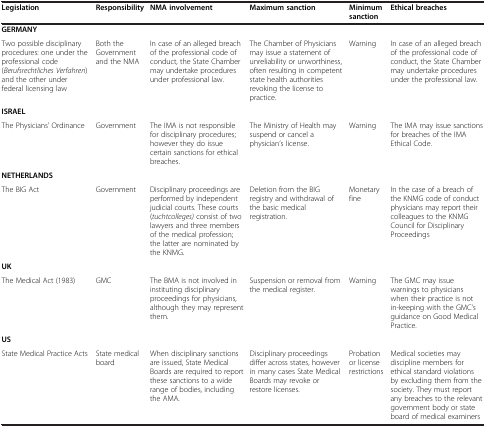
<table><thead><tr><td><b>Legislation</b></td><td><b>Responsibility</b></td><td><b>NMA involvement</b></td><td><b>Maximum sanction</b></td><td><b>Minimum sanction</b></td><td><b>Ethical breaches</b></td></tr></thead><tbody><tr><td colspan="6"><b>GERMANY</b></td></tr><tr><td>Two possible disciplinary procedures: one under the professional code (<i>Berufsrechtliches Verfahren</i>) and the other under federal licensing law</td><td>Both the Government and the NMA</td><td>In case of an alleged breach of the professional code of conduct, the State Chamber may undertake procedures under professional law.</td><td>The Chamber of Physicians may issue a statement of unreliability or unworthiness, often resulting in competent state health authorities revoking the license to practice.</td><td>Warning</td><td>In case of an alleged breach of the professional code of conduct, the State Chamber may undertake procedures under the professional law.</td></tr><tr><td colspan="6"><b>ISRAEL</b></td></tr><tr><td>The Physicians’ Ordinance</td><td>Government</td><td>The IMA is not responsible for disciplinary procedures; however they do issue certain sanctions for ethical breaches.</td><td>The Ministry of Health may suspend or cancel a physician’s license.</td><td>Warning</td><td>The IMA may issue sanctions for breaches of the IMA Ethical Code.</td></tr><tr><td colspan="6"><b>NETHERLANDS</b></td></tr><tr><td>The BIG Act</td><td>Government</td><td>Disciplinary proceedings are performed by independent judicial courts. These courts (<i>tuchtcolleges)</i> consist of two lawyers and three members of the medical profession; the latter are nominated by the KNMG.</td><td>Deletion from the BIG registry and withdrawal of the basic medical registration.</td><td>Monetary fine</td><td>In the case of a breach of the KNMG code of conduct physicians may report their colleagues to the KNMG Council for Disciplinary Proceedings</td></tr><tr><td colspan="6"><b>UK</b></td></tr><tr><td>The Medical Act (1983)</td><td>GMC</td><td>The BMA is not involved in instituting disciplinary proceedings for physicians, although they may represent them.</td><td>Suspension or removal from the medical register.</td><td>Warning</td><td>The GMC may issue warnings to physicians when their practice is not in-keeping with the GMC’s guidance on Good Medical Practice.</td></tr><tr><td colspan="6"><b>US</b></td></tr><tr><td>State Medical Practice Acts</td><td>State medical board</td><td>When disciplinary sanctions are issued, State Medical Boards are required to report these sanctions to a wide range of bodies, including the AMA.</td><td>Disciplinary proceedings differ across states, however in many cases State Medical Boards may revoke or restore licenses.</td><td>Probation or license restrictions</td><td>Medical societies may discipline members for ethical standard violations by excluding them from the society. They must report any breaches to the relevant government body or state board of medical examiners</td></tr></tbody></table>